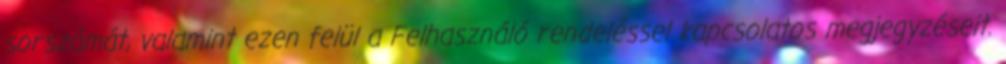
sorszámát, valamint ezen felül a Felhasználó rendeléssel kapcsolatos megjegyzéseit.